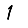
Digit: 1